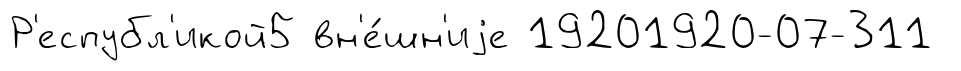
Р'еспубл'икой5 вн'е́шн'иjе 19201920-07-311